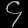
Digit: ၄